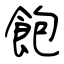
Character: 飽